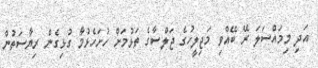
އަދި މިމައްސަލަ ރޭ ބޭއްވި މަޖިލީހުގެ ޖަލްސާގެ ތަޅުމަށް ހުށަހެޅުމާ ގުޅިގެން ރިޔާސަތުން